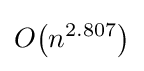
O{\mathord {\left(n^{2.807}\right)}}